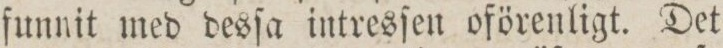
ſunnit med desſa intresſen oförenligt. Det